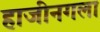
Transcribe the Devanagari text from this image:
हाजीनगला